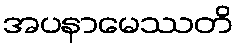
အပနာမေဿတိ